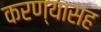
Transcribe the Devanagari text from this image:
करण्यासह